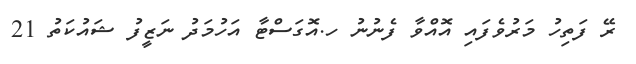
ރޭ ފަތިހު މަރުވެފައި އޮއްވާ ފެނުނު ހ.އޮގަސްޓާ އަހުމަދު ނަޒީފު ޝައުކަތު 21